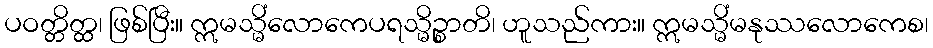
ပဝတ္တိတ္ထ၊ ဖြစ်ပြီး။ ဣမသ္မိံလောကေပရသ္မိဉ္စာတိ၊ ဟူသည်ကား။ ဣမသ္မိံမနုဿလောကေစ၊